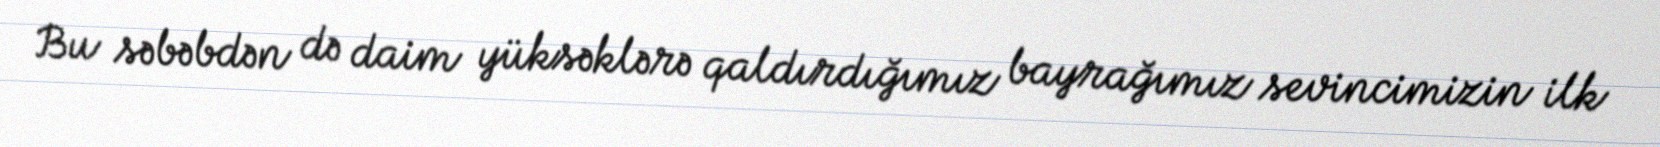
Bu səbəbdən də daim yüksəklərə qaldırdığımız bayrağımız sevincimizin ilk